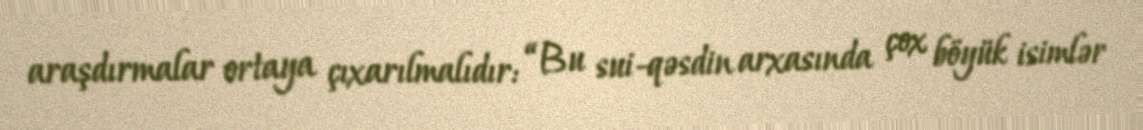
araşdırmalar ortaya çıxarılmalıdır: “Bu sui-qəsdin arxasında çox böyük isimlər